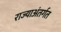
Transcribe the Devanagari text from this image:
राज्याअंतर्गत